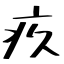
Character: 疚